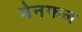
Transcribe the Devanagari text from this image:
मेनफल